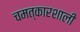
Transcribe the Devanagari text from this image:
चमत्कारशाली